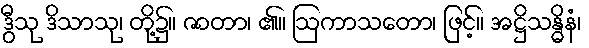
ဒွီသု ဒိသာသု၊ တို့၌။ ဇာတာ၊ ၏။ ဩကာသတော၊ ဖြင့်။ အဋ္ဌိသန္ဓိနံ၊